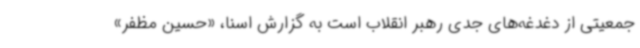
جمعیتی از دغدغه‌های جدی رهبر انقلاب است به گزارش اسنا، «حسین مظفر»